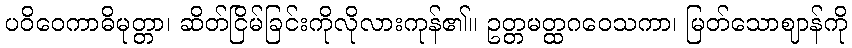
ပဝိဝေကာဓိမုတ္တာ၊ ဆိတ်ငြိမ်ခြင်းကိုလိုလားကုန်၏။ ဥတ္တမတ္ထဂဝေသကာ၊ မြတ်သောဈာန်ကို